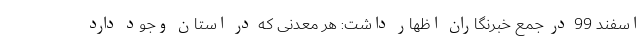
اسفند 99 در جمع خبرنگاران اظهار داشت: هر معدنی که در استان وجود دارد